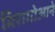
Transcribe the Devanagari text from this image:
मिरागोआने